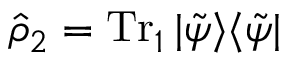
\hat { \rho } _ { 2 } = \operatorname { T r } _ { 1 } | \tilde { \psi } \rangle \langle \tilde { \psi } |